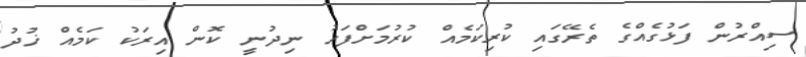
ސިއްރުން ފަޅުގެއްގެ ތެރޭގައި ކުރިކަމެއް ކުރުމަށްފަހު ނިދުނީ ކޮން އިރަކު ކަމެއް ޚުދު